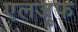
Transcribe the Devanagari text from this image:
एलजूफ